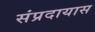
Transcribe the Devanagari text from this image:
संप्रदायास